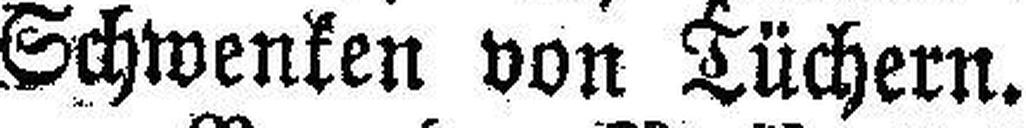
Schwenken von Tüchern.